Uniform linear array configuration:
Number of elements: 48
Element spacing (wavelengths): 0.25
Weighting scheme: exponential
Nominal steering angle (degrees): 0
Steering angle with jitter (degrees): -1.542
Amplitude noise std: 0.05
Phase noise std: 0.05

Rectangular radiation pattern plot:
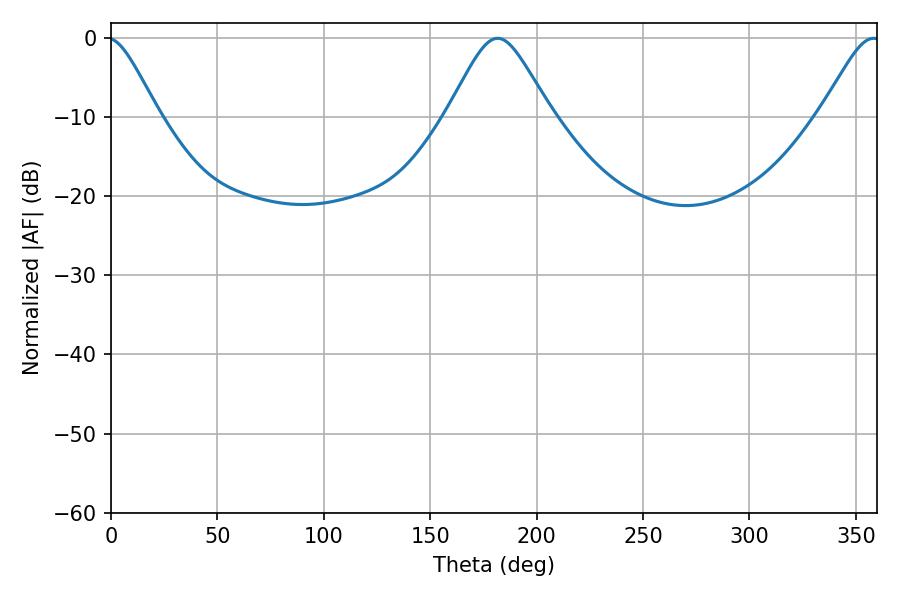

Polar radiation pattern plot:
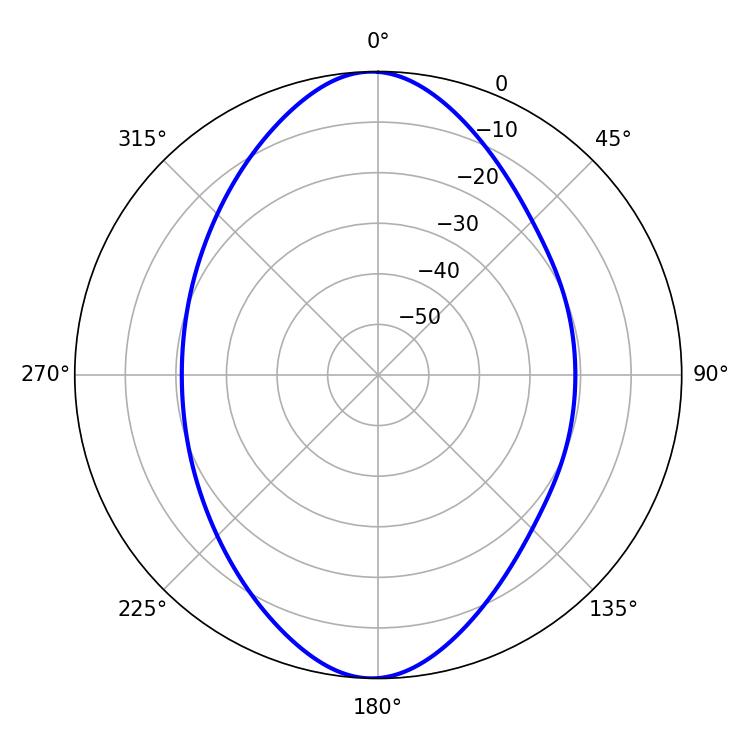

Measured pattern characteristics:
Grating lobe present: FALSE
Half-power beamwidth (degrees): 23.58
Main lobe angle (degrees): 181.62